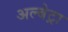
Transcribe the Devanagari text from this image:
अल्बेट्रा